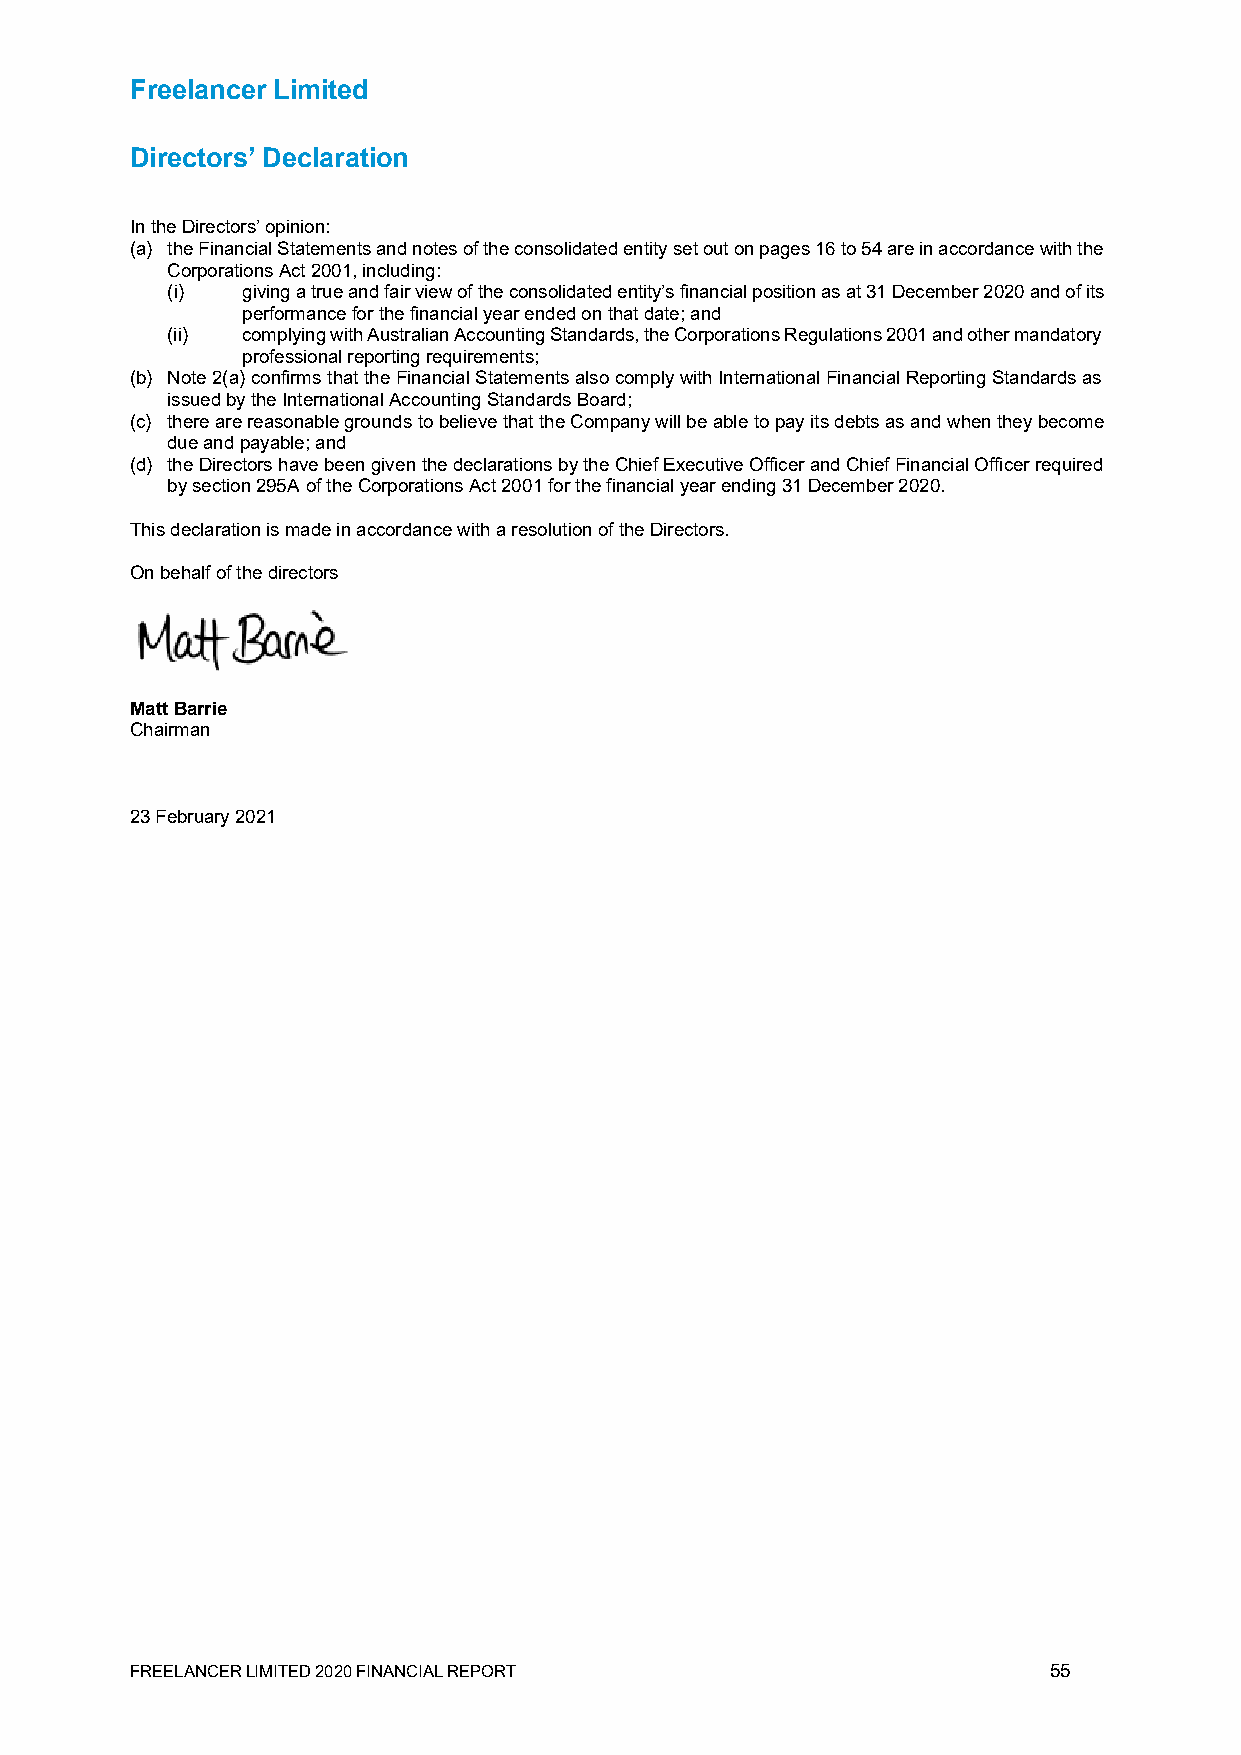
Freelancer Limited
 Directors’ Declaration
 In the Directors’ opinion:
 (a) the Financial Statements and notes of the consolidated entity set out on pages 16 to 54 are in accordance with the
 Corporations Act 2001, including:
 (i)  giving a true and fair view of the consolidated entity’s financial position as at 31 December 2020 and of its
 performance for the financial year ended on that date; and
 (ii) complying with Australian Accounting Standards, the Corporations Regulations 2001 and other mandatory
 professional reporting requirements;
 (b) Note 2(a) confirms that the Financial Statements also comply with International Financial Reporting Standards as
 issued by the International Accounting Standards Board;
 (c) there are reasonable grounds to believe that the Company will be able to pay its debts as and when they become
 due and payable; and
 (d) the Directors have been given the declarations by the Chief Executive Officer and Chief Financial Officer required
 by section 295A of the Corporations Act 2001 for the financial year ending 31 December 2020.
 This declaration is made in accordance with a resolution of the Directors.
 On behalf of the directors
 Matt Barrie
 Chairman
 23 February 2021
 FREELANCER LIMITED 2020 FINANCIAL REPORT                    55